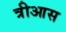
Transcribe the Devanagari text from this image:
त्रीआस